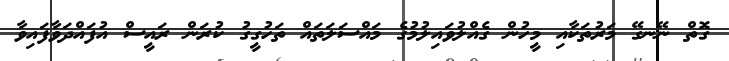
ގޮތް ނޭނގޭ މަރުތަކާއި މީހުން ގެއްލުވައިލުމުގެ މައްސަލަތައް ތަހުގީގު ކުރަން ރައީސް އުފައްދަވާފައިވާ